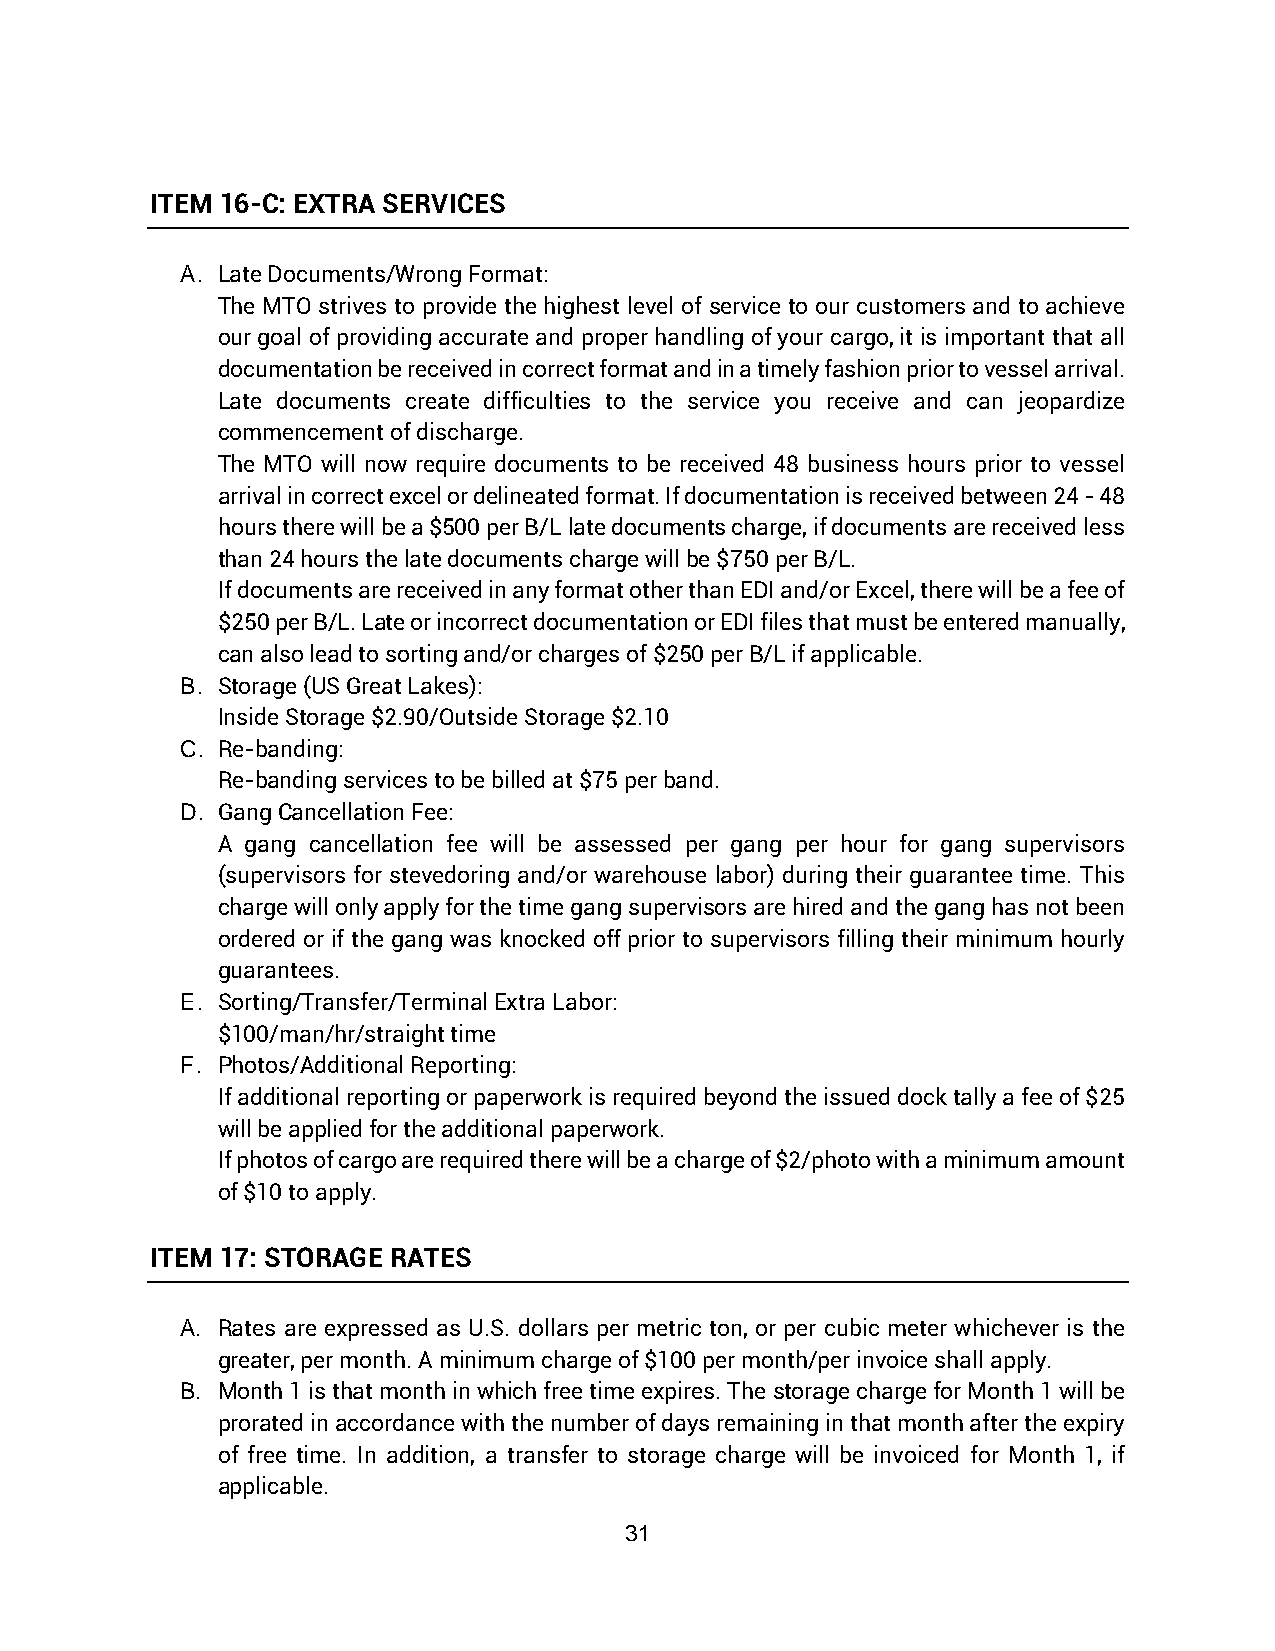
ITEM 16-C: EXTRA SERVICES
 A. Late Documents/Wrong Format:
 The MTO strives to provide the highest level of service to our customers and to achieve
 our goal of providing accurate and proper handling of your cargo, it is important that all
 documentation be received in correct format and in a timely fashion prior to vessel arrival.
 Late documents create difficulties to the service you receive and can jeopardize
 commencement of discharge.
 The MTO will now require documents to be received 48 business hours prior to vessel
 arrival in correct excel or delineated format. If documentation is received between 24 - 48
 hours there will be a $500 per B/L late documents charge, if documents are received less
 than 24 hours the late documents charge will be $750 per B/L.
 If documents are received in any format other than EDI and/or Excel, there will be a fee of
 $250 per B/L. Late or incorrect documentation or EDI files that must be entered manually,
 can also lead to sorting and/or charges of $250 per B/L if applicable.
 B. Storage (US Great Lakes):
 Inside Storage $2.90/Outside Storage $2.10
 C. Re-banding:
 Re-banding services to be billed at $75 per band.
 D. Gang Cancellation Fee:
 A gang cancellation fee will be assessed per gang per hour for gang supervisors
 (supervisors for stevedoring and/or warehouse labor) during their guarantee time. This
 charge will only apply for the time gang supervisors are hired and the gang has not been
 ordered or if the gang was knocked off prior to supervisors filling their minimum hourly
 guarantees.
 E. Sorting/Transfer/Terminal Extra Labor:
 $100/man/hr/straight time
 F. Photos/Additional Reporting:
 If additional reporting or paperwork is required beyond the issued dock tally a fee of $25
 will be applied for the additional paperwork.
 If photos of cargo are required there will be a charge of $2/photo with a minimum amount
 of $10 to apply.
 ITEM 17: STORAGE RATES
 A. Rates are expressed as U.S. dollars per metric ton, or per cubic meter whichever is the
 greater, per month. A minimum charge of $100 per month/per invoice shall apply.
 B. Month 1 is that month in which free time expires. The storage charge for Month 1 will be
 prorated in accordance with the number of days remaining in that month after the expiry
 of free time. In addition, a transfer to storage charge will be invoiced for Month 1, if
 applicable.
 31